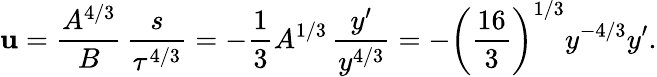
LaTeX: \mathbf{u}=\frac{{A^{4/3}}}{{B}}\, \frac{{s}}{{\tau^{4/3}}}=-\frac{{1}}{{3}}A^{1/3}\, \frac{{y^{\prime}}}{{y^{4/3}}}=-\left(\frac{{16}}{{3}}\right)^{1/3}y^{-4/3}y^{\prime}.